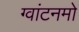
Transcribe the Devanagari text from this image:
ग्वांटनमो